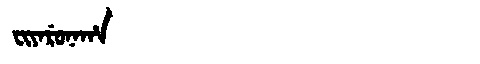
Manchu: ᠸᡳᠶᠠᡵᡠᠨᠠᡥᠠ
Romanization: FIYARUNAHA